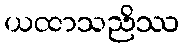
ယထာသညိဿ